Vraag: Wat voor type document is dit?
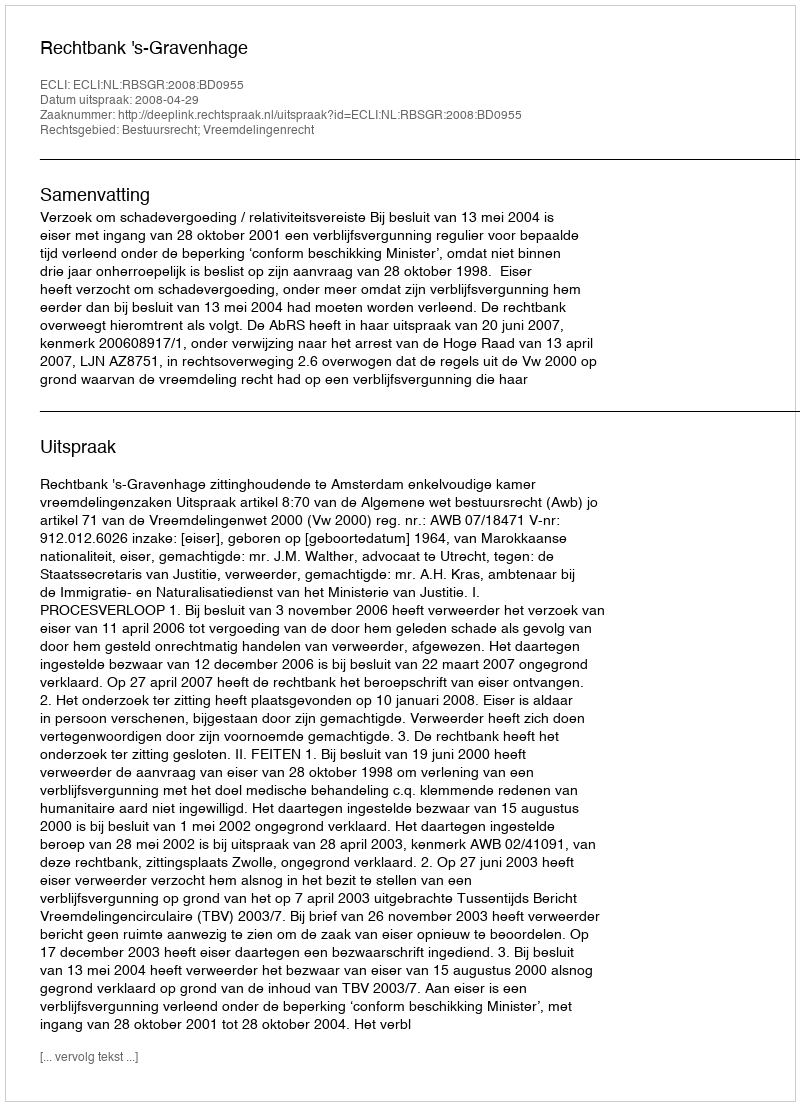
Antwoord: Uitspraak